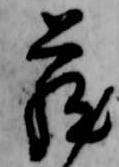
蔵